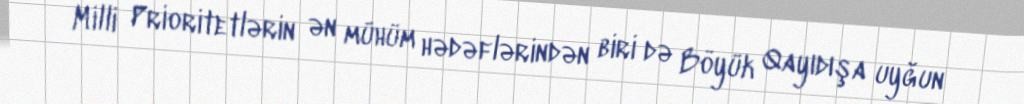
Milli Prioritetlərin ən mühüm hədəflərindən biri də Böyük Qayıdışa uyğun